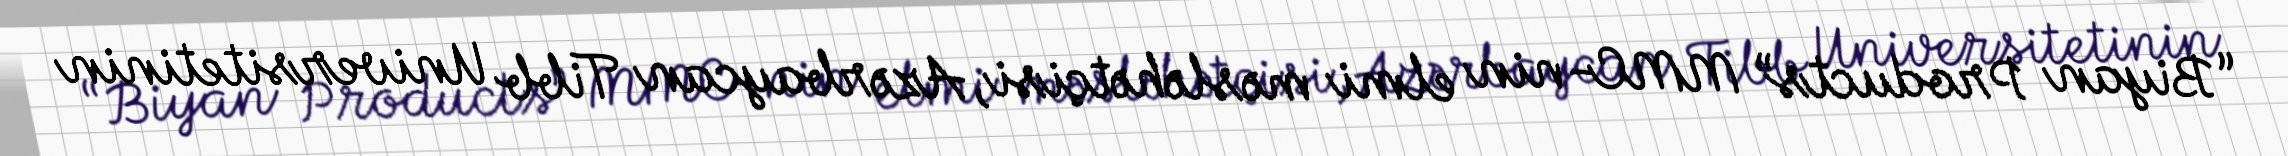
“Biyan Products” MMC-nin elmi məsləhətçisi, Azərbaycan Tibb Universitetinin